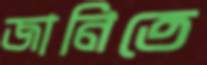
জানিতে